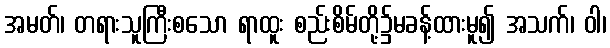
အမတ်၊ တရားသူကြီးစသော ရာထူး စည်းစိမ်တို့၌မခန့်ထားမူ၍ အသက်၊ ဝါ၊